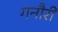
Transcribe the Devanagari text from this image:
गनौरी